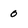
Character: 0